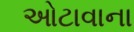
ઓટાવાના